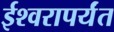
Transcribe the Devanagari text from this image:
ईश्वरापर्यंत